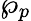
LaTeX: \wp_{p}